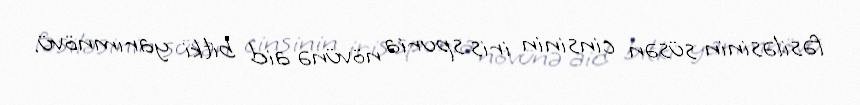
fəsiləsinin süsən cinsinin iris spuria növünə aid bitki yarımnövü.